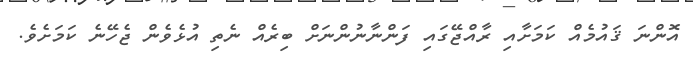
އޮންނަ ޤައުމެއް ކަމަށާއި ރާއްޖޭގައި ފަންނާނުންނަށް ބިރެއް ނެތި އުޅެވެން ޖެހޭނެ ކަމަށެވެ.